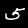
Digit: 5